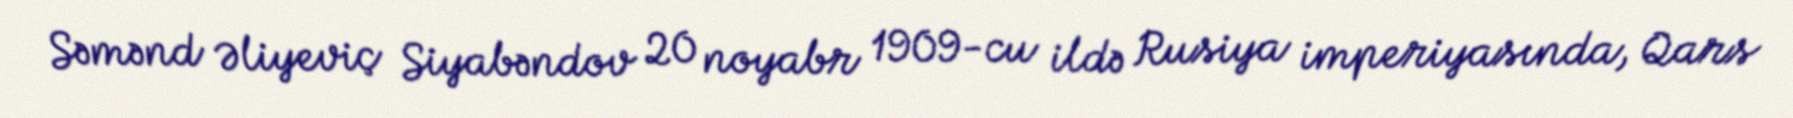
Səmənd Əliyeviç Siyabəndov 20 noyabr 1909-cu ildə Rusiya imperiyasında, Qars